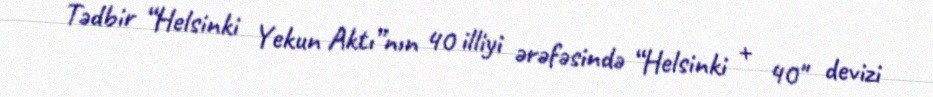
Tədbir “Helsinki Yekun Aktı”nın 40 illiyi ərəfəsində “Helsinki + 40" devizi